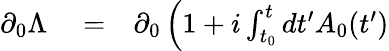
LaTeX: \begin{array}{rlr}{\partial_{0}\Lambda}&{{}=}&{\partial_{0}\left(1+i\int_{t_{0}}^{t}dt^{\prime}A_{0}(t^{\prime})\right.}\end{array}